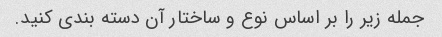
جمله زیر را بر اساس نوع و ساختار آن دسته بندی کنید.